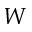
W